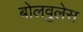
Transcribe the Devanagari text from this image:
बोलवुलेस